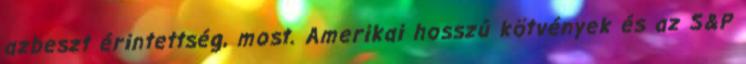
azbeszt érintettség, most. Amerikai hosszú kötvények és az S&P